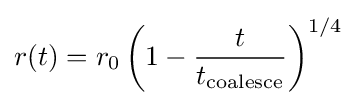
r(t)=r_{0}\left(1-{\frac {t}{t_{\text{coalesce}}}}\right)^{1/4}